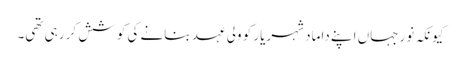
کیونکہ نورجہاں اپنے داماد شہریار کو ولی عہد بنانے کی کوشش کر رہی تھی۔